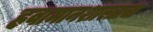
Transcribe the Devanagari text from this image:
हवामानशास्त्राचा